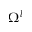
\Omega ^ { l }